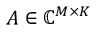
A \in \mathbb { C } ^ { M \times K }